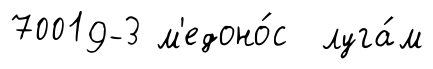
70019-3 м'едоно́с луга́м